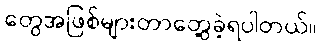
တွေအဖြစ်များတာတွေ့ခဲ့ရပါတယ်။